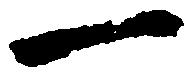
一